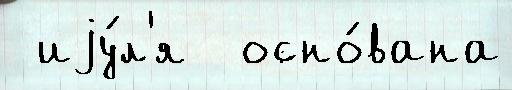
 иjу́л'я  осно́вана